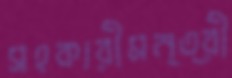
সহকারীমন্ত্রী